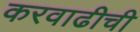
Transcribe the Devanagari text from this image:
करवाढीची